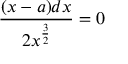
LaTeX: { \frac { ( x - a ) d x } { 2 x ^ { \frac { 3 } { 2 } } } } = 0